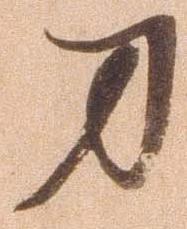
刀